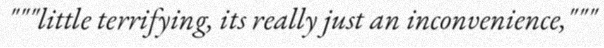
"""little terrifying, its really just an inconvenience,"""